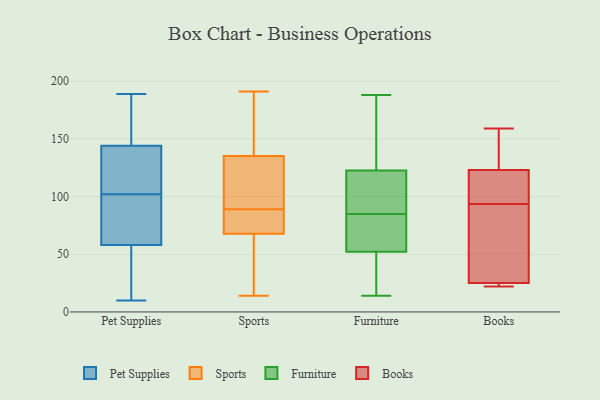
{"axis": {"x": "Inventory Turnover", "y": "Value"}, "legend": ["Books", "Furniture", "Pet Supplies", "Sports"], "data": [{"x": "", "y": 120, "type": "Pet Supplies"}, {"x": "", "y": 58, "type": "Pet Supplies"}, {"x": "", "y": 62, "type": "Pet Supplies"}, {"x": "", "y": 81, "type": "Pet Supplies"}, {"x": "", "y": 134, "type": "Pet Supplies"}, {"x": "", "y": 189, "type": "Pet Supplies"}, {"x": "", "y": 144, "type": "Pet Supplies"}, {"x": "", "y": 124, "type": "Pet Supplies"}, {"x": "", "y": 47, "type": "Pet Supplies"}, {"x": "", "y": 27, "type": "Pet Supplies"}, {"x": "", "y": 169, "type": "Pet Supplies"}, {"x": "", "y": 168, "type": "Pet Supplies"}, {"x": "", "y": 84, "type": "Pet Supplies"}, {"x": "", "y": 10, "type": "Pet Supplies"}, {"x": "", "y": 14, "type": "Sports"}, {"x": "", "y": 191, "type": "Sports"}, {"x": "", "y": 138, "type": "Sports"}, {"x": "", "y": 89, "type": "Sports"}, {"x": "", "y": 30, "type": "Sports"}, {"x": "", "y": 95, "type": "Sports"}, {"x": "", "y": 73, "type": "Sports"}, {"x": "", "y": 66, "type": "Sports"}, {"x": "", "y": 163, "type": "Sports"}, {"x": "", "y": 127, "type": "Sports"}, {"x": "", "y": 81, "type": "Sports"}, {"x": "", "y": 57, "type": "Furniture"}, {"x": "", "y": 85, "type": "Furniture"}, {"x": "", "y": 95, "type": "Furniture"}, {"x": "", "y": 51, "type": "Furniture"}, {"x": "", "y": 132, "type": "Furniture"}, {"x": "", "y": 14, "type": "Furniture"}, {"x": "", "y": 56, "type": "Furniture"}, {"x": "", "y": 104, "type": "Furniture"}, {"x": "", "y": 51, "type": "Furniture"}, {"x": "", "y": 42, "type": "Furniture"}, {"x": "", "y": 121, "type": "Furniture"}, {"x": "", "y": 58, "type": "Furniture"}, {"x": "", "y": 123, "type": "Furniture"}, {"x": "", "y": 188, "type": "Furniture"}, {"x": "", "y": 167, "type": "Furniture"}, {"x": "", "y": 24, "type": "Books"}, {"x": "", "y": 93, "type": "Books"}, {"x": "", "y": 22, "type": "Books"}, {"x": "", "y": 96, "type": "Books"}, {"x": "", "y": 94, "type": "Books"}, {"x": "", "y": 69, "type": "Books"}, {"x": "", "y": 159, "type": "Books"}, {"x": "", "y": 156, "type": "Books"}, {"x": "", "y": 119, "type": "Books"}, {"x": "", "y": 127, "type": "Books"}, {"x": "", "y": 26, "type": "Books"}, {"x": "", "y": 22, "type": "Books"}]}